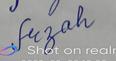
Signature authenticity: forged